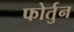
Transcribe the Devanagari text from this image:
फोर्तुन